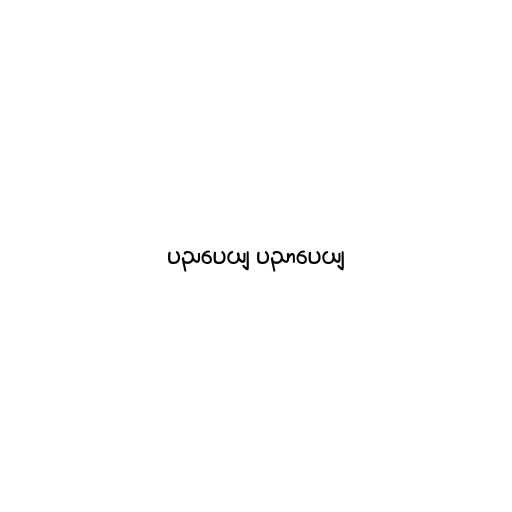
ပညပေယျ ပညာပေယျ